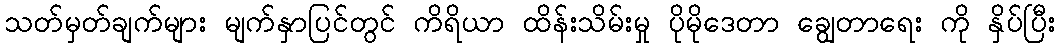
သတ်မှတ်ချက်များ မျက်နှာပြင်တွင် ကိရိယာ ထိန်းသိမ်းမှု ပိုမိုဒေတာ ချွေတာရေး ကို နှိပ်ပြီး